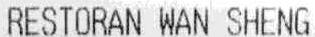
RESTORAN WAN SHENG